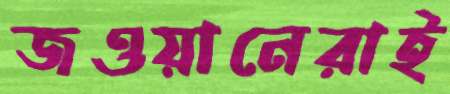
জওয়ানেরাই